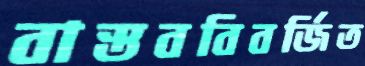
বাস্তববিবর্জিত